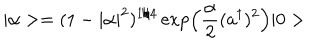
LaTeX: | \alpha > = ( 1 - | \alpha | ^ { 2 } ) ^ { 1 / 4 } \exp \left( \frac { \alpha } { 2 } ( a ^ { \dagger } ) ^ { 2 } \right) | 0 >